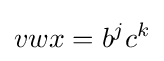
vwx=b^{j}c^{k}